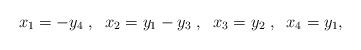
LaTeX: \begin{align*}x_1=- y_4\;,\;\;x_2=y_1- y_3\;,\;\;x_3=y_2\;,\;\;x_4=y_1,\end{align*}